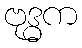
ဗုဒ္ဓက